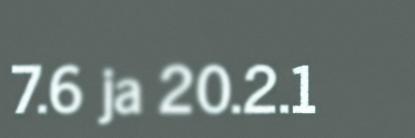
7.6 ja 20.2.1